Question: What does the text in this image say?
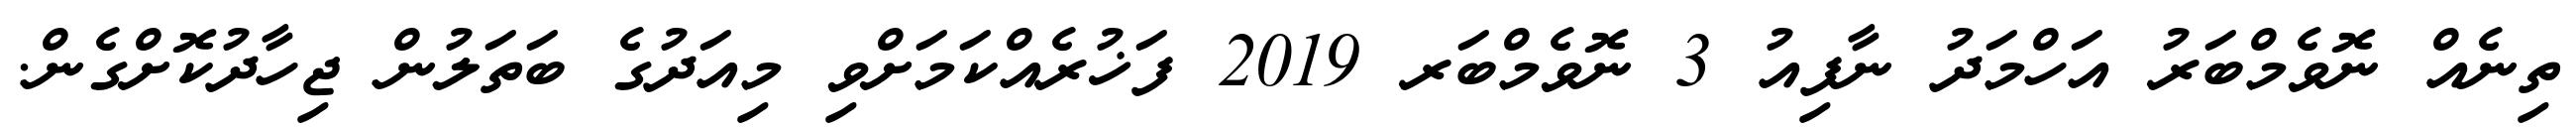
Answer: ތިނެއް ނޮވެމްބަރު އަހްމަދު ނާފިއު 3 ނޮވެމްބަރ 2019 ފަޚުރެއްކަމަށްވި މިއަދުގެ ބަތަލުން ޖިހާދުކޮށްގެން.